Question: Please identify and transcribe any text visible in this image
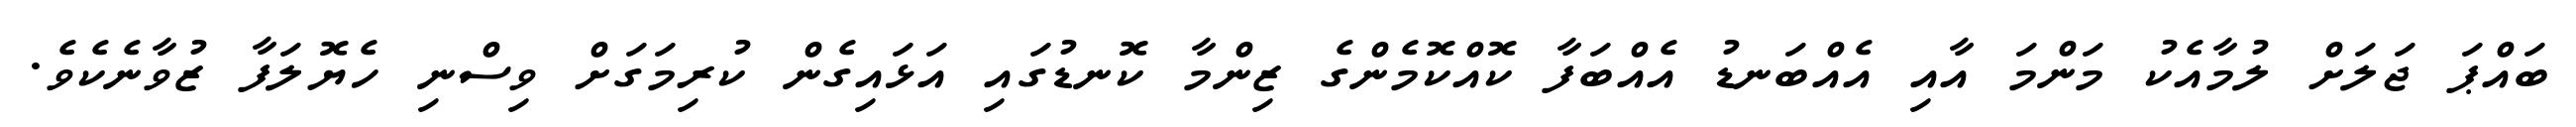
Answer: ބައްޕަ ޖަލަށް ލުމާއެކު މަންމަ އާއި އެއްބަނޑު އެއްބަފާ ކޮއްކޮމެންގެ ޒިންމާ ކޮނޑުގައި އަޅައިގެން ކުރިމަގަށް ވިސްނި ހެޔޮލަފާ ޒުވާނެކެވެ.